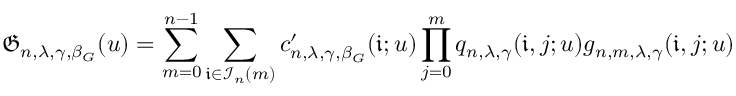
\mathfrak { G } _ { n , \lambda , \gamma , \beta _ { G } } ( u ) = \sum _ { m = 0 } ^ { n - 1 } \sum _ { \mathfrak { i } \in \mathcal { I } _ { n } ( m ) } c _ { n , \lambda , \gamma , \beta _ { G } } ^ { \prime } ( \mathfrak { i } ; u ) \prod _ { j = 0 } ^ { m } q _ { n , \lambda , \gamma } ( \mathfrak { i } , j ; u ) g _ { n , m , \lambda , \gamma } ( \mathfrak { i } , j ; u )